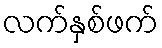
လက်နှစ်ဖက်